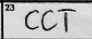
Transcription: CCT